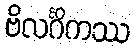
ဗိလင်္ဂိကဿ